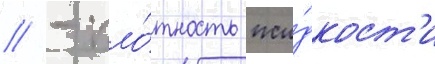
// - пло́тность жи́дкост'и